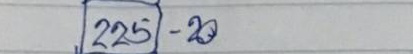
225 - 20